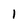
Character: I